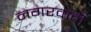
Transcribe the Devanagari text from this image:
नगरवादी